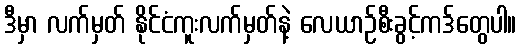
ဒီမှာ လက်မှတ် နိုင်ငံကူးလက်မှတ်နဲ့ လေယာဉ်စီးခွင့်ကဒ်တွေပါ။